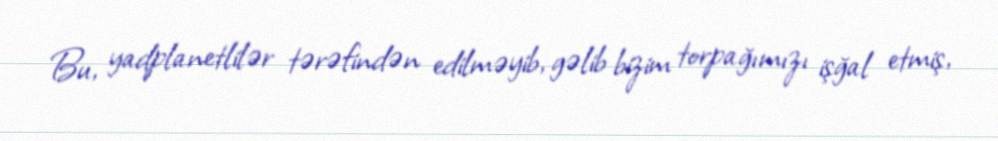
Bu, yadplanetlilər tərəfindən edilməyib, gəlib bizim torpağımızı işğal etmiş,